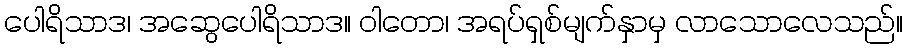
ပေါရိသာဒ၊ အဆွေပေါရိသာဒ။ ဝါတော၊ အရပ်ရှစ်မျက်နှာမှ လာသောလေသည်။